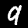
Digit: 9